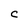
Character: C